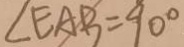
\angle E A B = 9 0 ^ { \circ }